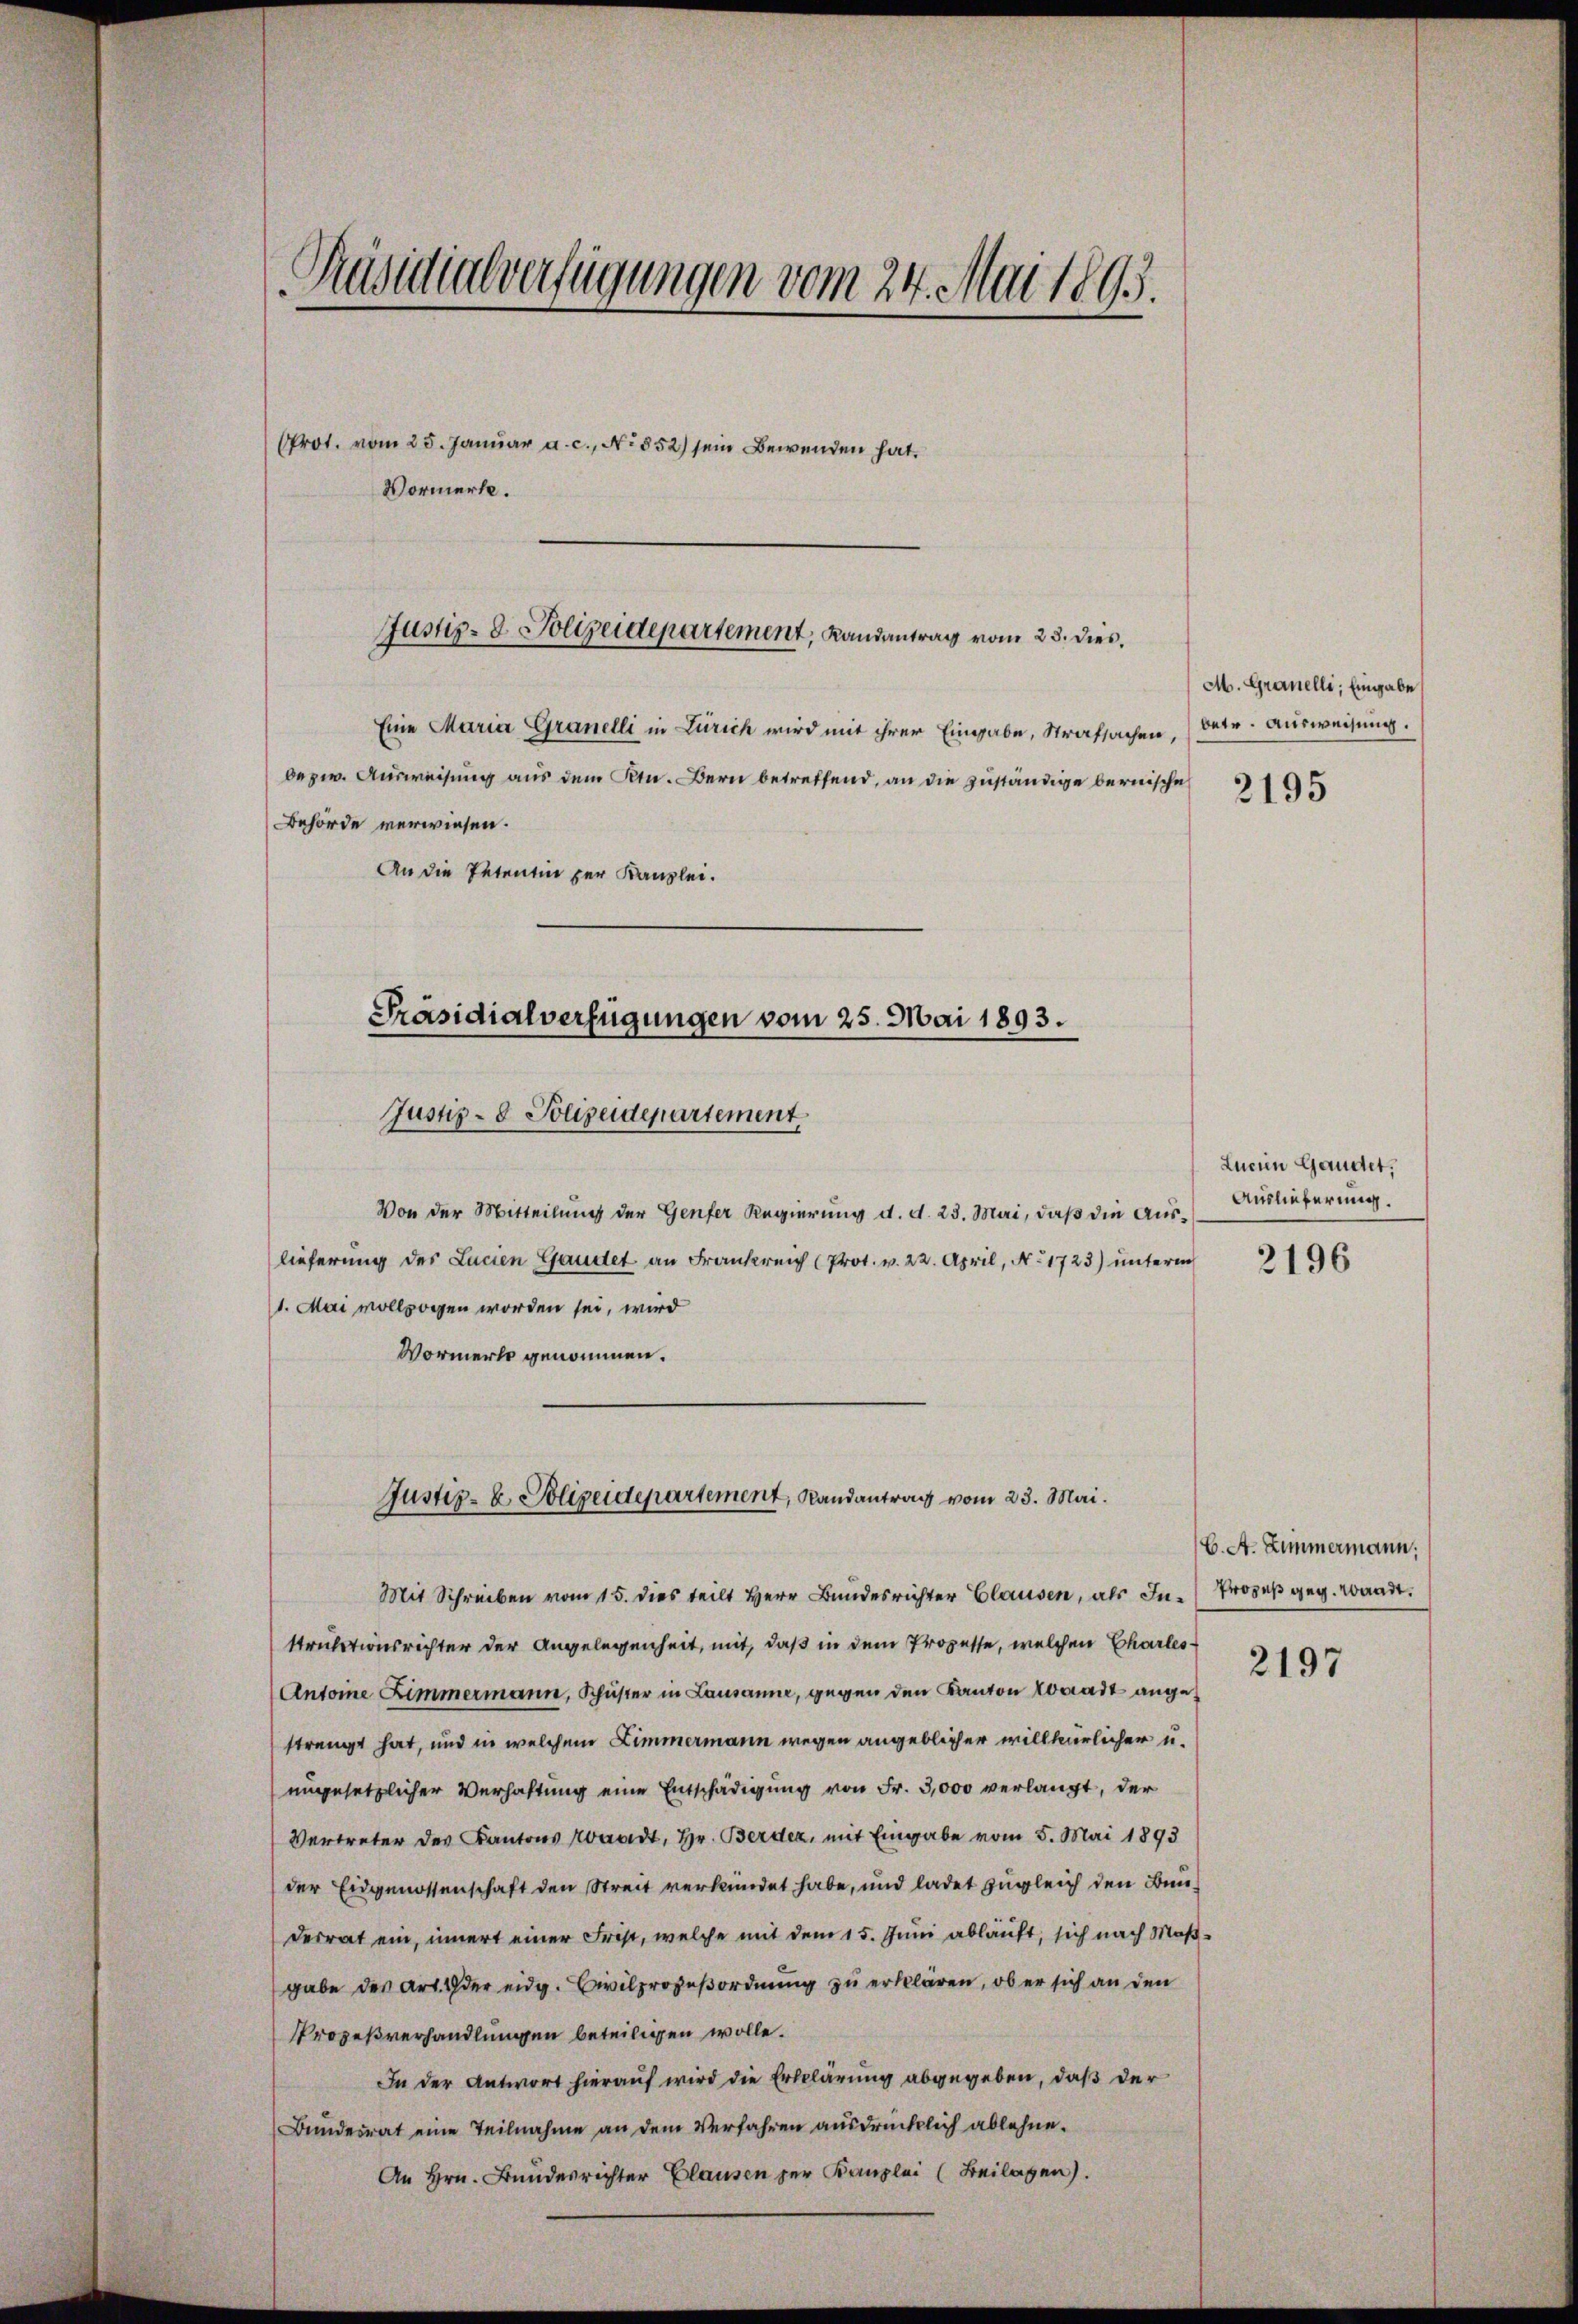
Präsidialverfügungen vom 24. Mai 1895.
PProt. vom 25. Januar a. c., No 852) sein Bewenden hat.

Justiz- & Polizeidepartement, Landantrag vom 23. dies,

Eine Maria Granelli in Zürich wird mit ihrer Eingabe, Strafsachen,
bezw. Ausweisung aus dem Ktn. Bern betreffend, an die zuständige bernische
Behörde verwiesen.
An die Petentin zur Kanzlei.

Vormerke.

Präsidialverfügungen vom 25. Mai 1893.
Justiz- & Polizeidepartement

Justiz- & Polizeidepartement, Randantrag vom 23. Mai.

Von der Mitteilung der Genfer Regierung d. d. 23. Mai, daß die Auslieferung des Lucien Gandet an Frankreich (Prot. v. 22. April, N. 1723) unterm
1. Mai vollzogen worden sei, wird
Vormerke genommen.

M. Granelli, Eingabe
betr. Ausweisung.

Mit Schreiben vom 15. dies teilt Herr Bundesrichter Clausen, als In¬
Strulationsrichter der Angelegenheit, mit, daß in dem Prozesse, welchen Charles
Antoine Zimmermann, Schuster in Lausanne, gegen den Kanton Konradt angestrengt hat, und in welchem Zimmermann wegen angeblicher willkürlicher u.
ungesetzlicher Verhaftung eine Entschädigung von Fr. 3,000 verlangt, der
Vertreter des Kantons Hardt, Hr. Berden, mit Eingabe vom 5. Mai 1893
der Eidgenossenschaft den Streit verkündet habe, und ladet zugleich den Bunderrat ein, innert einer Frist, welche mit dem 15. Juni abläuft, sich nach Maßgabe des Art. 1 der eidg. Civilprozeßordnung zu erklären, ob er sich an den
Prozeßverhandlungen beteiligen wolle.
In der Antwort hierauf wird die Erklärung abgegeben, daß der
Bundesrat eine Teilnahme an dem Verfahren ausdrücklich ablehne.
An Hrn. Bundesrichter Clausen zur Kanzlei (Beilagen).

2195

Lueien Gandet,
Auslieferung.

2196

C. A. Zimmermann:
Prozeß geg. Waadt.

2197